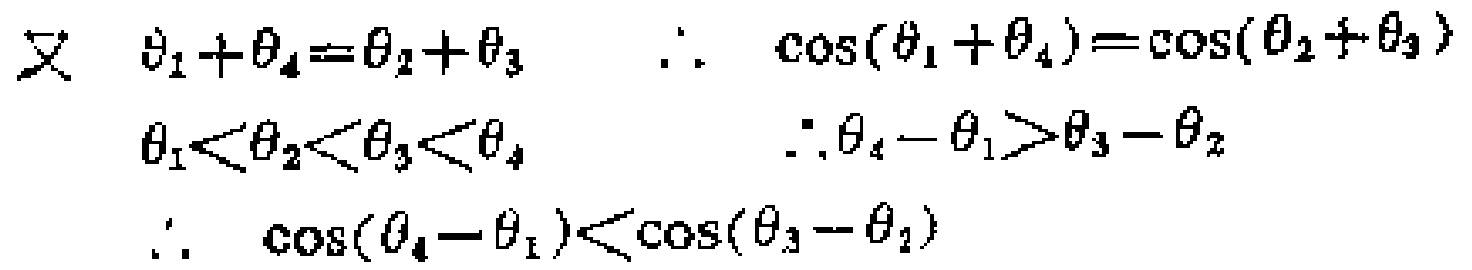
\[
\begin{align*}
\text{又}\quad \theta_{1}+\theta_{4}&=\theta_{2}+\theta_{3}\quad \therefore\quad \cos(\theta_{1}+\theta_{4})=\cos(\theta_{2}+\theta_{3})\\
\theta_{1}<\theta_{2}<\theta_{3}<\theta_{4}\quad &\therefore\theta_{4}-\theta_{1}>\theta_{3}-\theta_{2}\\
\therefore\quad \cos(\theta_{4}-\theta_{1})&<\cos(\theta_{3}-\theta_{2})
\end{align*}
\]